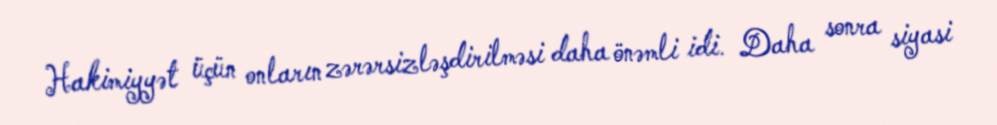
Hakimiyyət üçün onların zərərsizləşdirilməsi daha önəmli idi. Daha sonra siyasi